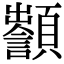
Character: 𩕵